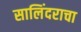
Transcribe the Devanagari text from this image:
सालिंदराचा